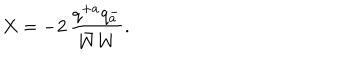
X = - 2 \, \frac { q ^ { + a } q _ { a } ^ { - } } { \bar { W } W } .